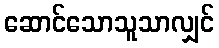
ဆောင်သောသူသာလျှင်